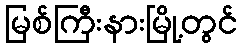
မြစ်ကြီးနားမြို့တွင်